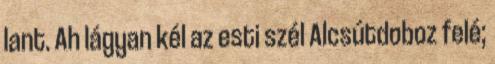
lant. Ah lágyan kél az esti szél Alcsútdoboz felé;